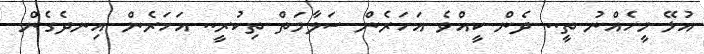
އުޅޭ މީހެއްނު ތީ.. ދެން ކީއްވެ އަހަރެން ސަލާމަތް ތިކުރީ.. އަހަރެން އިނދެގެން